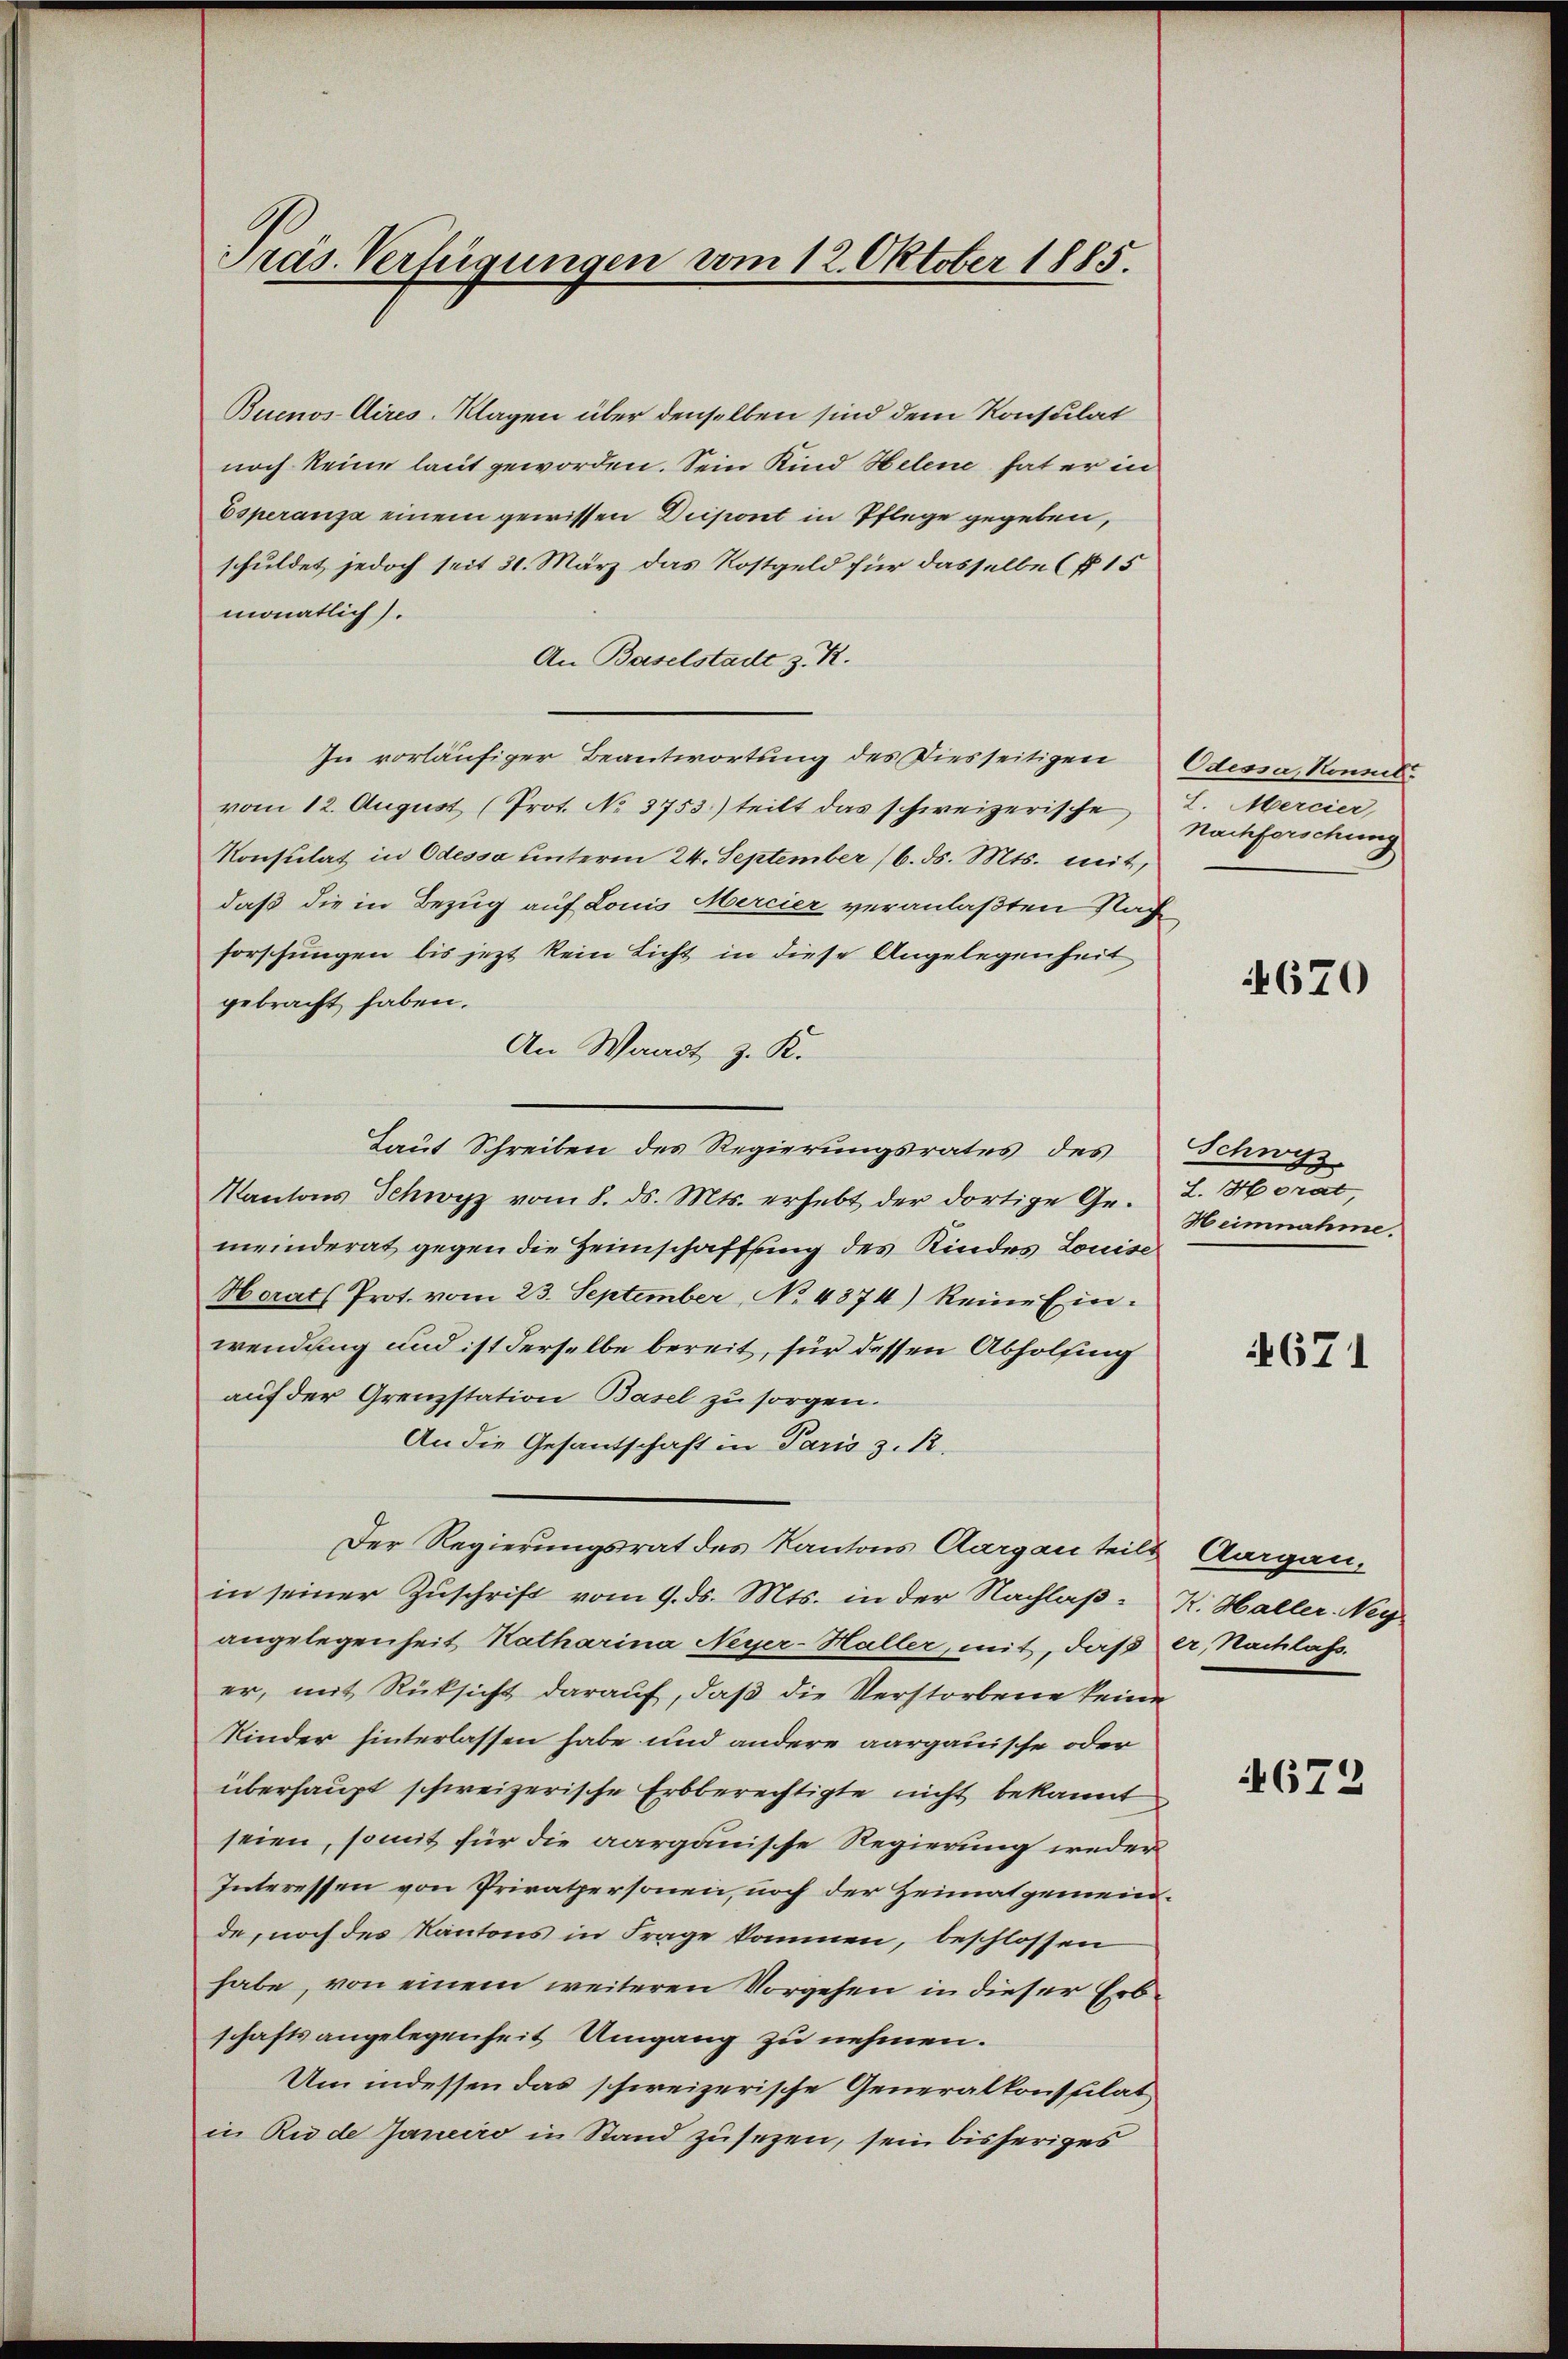
Präs. Verfügungen vom 12. Oktober 1885.

Buenos-Aires-Klagen über denselben sind dem Konsulat
noch keine laut geworden. Sein Kind Helene hat er in
Esperanza einem gewissen Dispont in Pflege gegeben,
schuldet jedoch seit 31. März das Kostgeld für dasselbe (§ 15
monatlich).
An Baselstadt z. R.
In vorläufiger Beantwortung des Diesseitigen
vom 12. August (Prot. No 3753) teilt das schweizerische L. Mercier,
Konsulat in Odessa unterm 24. September 16. ds. Mts. mit,
daß die in Bezug auf Louis Mercier veranlaßten Nach
forschungen bis jezt kein Licht in diese Angelegenheit
gebracht haben.
An Waadt z. K.
Laut Schreiben des Regierungsrates des Schwyz.
Kantons Schwyz vom 8. ds. Mts. erhebt der dortige Gemeinderat gegen die Heimschaffung des Kindes Louise
Horats Prot. vom 23. September, No 4374) keine Einwendung und ist derselbe bereit, für dessen Abholfing
auf der Grenzstation Basel zu sorgen.
An die Gesantschaft in Paris z. 12.
Der Regierungsrat des Kantons Aargau teils Aargau,
in seiner Zŭschrift vom 9. ds. Mts. in der Nachlaβ. R. Haller Neg
angelegenheit Katharina Neyer-Haller, mit, daß er, Nachlass.
er, mit Rüksicht darauf, daß die Verstorbene keine
Kinder hinterlassen habe und andere aargauische oder
überhaupt schweizerische Erbberechtigte nicht bekannt
seien, somit für die aargauische Regierung weder
Interessen von Privatpersonen, noch der Heimatgemeinde, noch des Kantons in Frage kommen, beschlossen
habe, von einem weiteren Vorgehen in dieser Erbschaftsangelegenheit Umgang zu nehmen.
Um indessen das schweizerische Generalkonsulat
in Rude Janeiro in Stand zusezen, sein bisheriges

Odessa, Nonnel
Nachforschung

4670

d. Moral,
Heimnahme.

671

4672